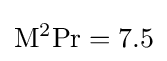
\mathrm {M} ^{2}\mathrm {Pr} =7.5